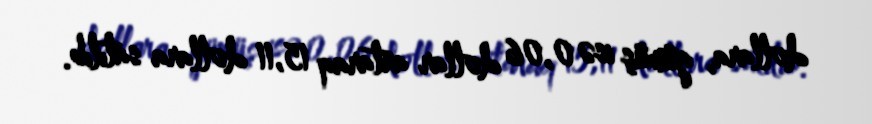
dollara, gümüş isə 0,06 dollar artaraq 15,11 dollara satılıb.